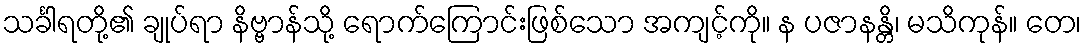
သင်္ခါရတို့၏ ချုပ်ရာ နိဗ္ဗာန်သို့ ရောက်ကြောင်းဖြစ်သော အကျင့်ကို။ န ပဇာနန္တိ၊ မသိကုန်။ တေ၊